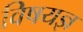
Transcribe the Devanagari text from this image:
विषयज्ञ